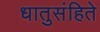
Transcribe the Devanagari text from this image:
धातुसंहिते